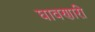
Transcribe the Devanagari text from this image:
घावणारी